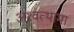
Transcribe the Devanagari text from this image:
अश्‍वत्थामा